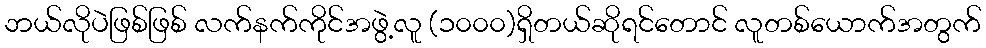
ဘယ်လိုပဲဖြစ်ဖြစ် လက်နက်ကိုင်အဖွဲ့လူ (၁၀၀၀)ရှိတယ်ဆိုရင်တောင် လူတစ်ယောက်အတွက်